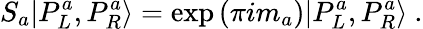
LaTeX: S_{a}|P_{L}^{a},P_{R}^{a}\rangle=\exp\left(\pi im_{a}\right)|P_{L}^{a},P_{R}^{a}\rangle~.